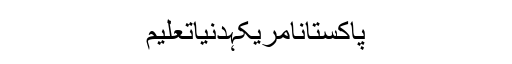
پاکستانامریکہدنیاتعلیم